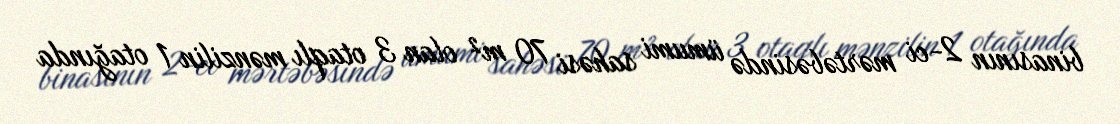
binasının 2-ci mərtəbəsində ümumi sahəsi 70 m² olan 3 otaqlı mənzilin 1 otağında